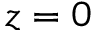
z = 0